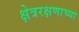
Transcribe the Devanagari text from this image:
क्षेत्ररक्षणाच्या